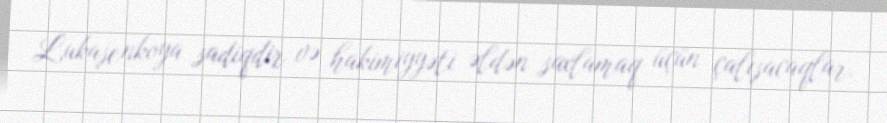
Lukaşenkoya sadiqdir və hakimiyyəti əldən saxlamaq üçün çalışacaqlar.